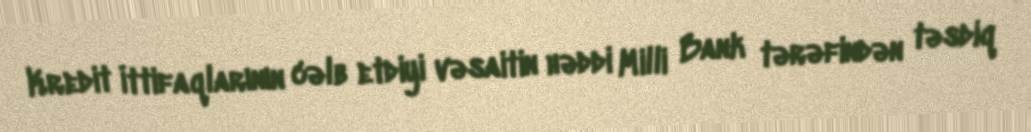
Kredit İttifaqlarının cəlb etdiyi vəsaitin həddi Milli Bank tərəfindən təsdiq